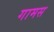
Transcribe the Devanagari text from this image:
गामस